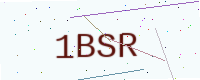
Text: 1BSR